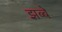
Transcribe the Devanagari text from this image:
झब्बे